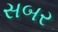
સબર